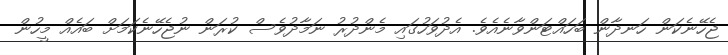
ޖެހޭނެކަން ހަނދާން ބަހައްޓަންވާނެއެވެ. އެދުވަހުގައި މެންދުރު ނަމާދުވެސް ކުރަން ނުޖެހޭނެކަމަށް ބައެއް މީހުން